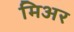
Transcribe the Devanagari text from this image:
मिअर